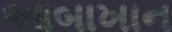
આબાખાન